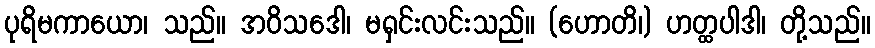
ပုရိမကာယော၊ သည်။ အဝိသဒေါ၊ မရှင်းလင်းသည်။ (ဟောတိ၊) ဟတ္ထပါဒါ၊ တို့သည်။